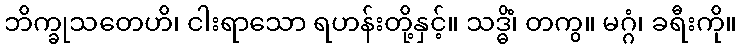
ဘိက္ခုသတေဟိ၊ ငါးရာသော ရဟန်းတို့နှင့်။ သဒ္ဓိံ၊ တကွ။ မဂ္ဂံ၊ ခရီးကို။